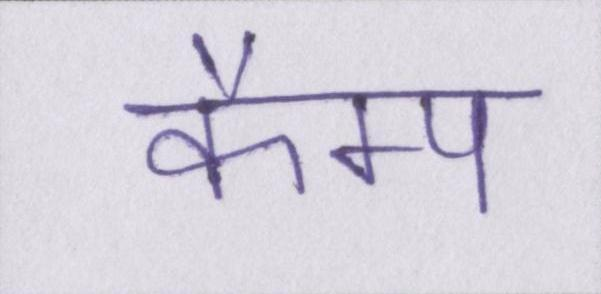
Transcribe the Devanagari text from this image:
कैम्प